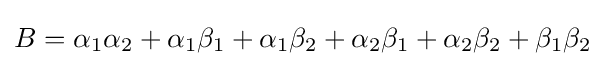
B=\alpha _{1}\alpha _{2}+\alpha _{1}\beta _{1}+\alpha _{1}\beta _{2}+\alpha _{2}\beta _{1}+\alpha _{2}\beta _{2}+\beta _{1}\beta _{2}